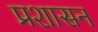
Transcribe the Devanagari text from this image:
प्रशासन